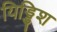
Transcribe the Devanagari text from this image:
यिड्डिश